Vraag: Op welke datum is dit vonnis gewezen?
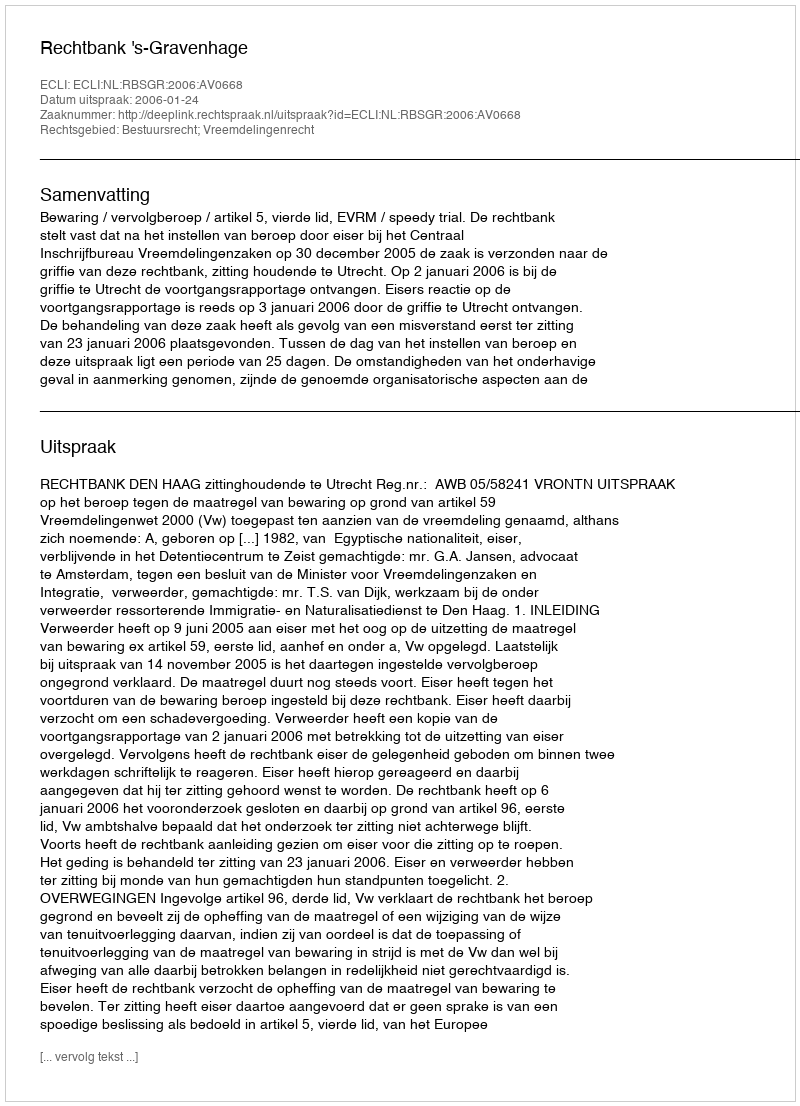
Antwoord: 2006-01-24